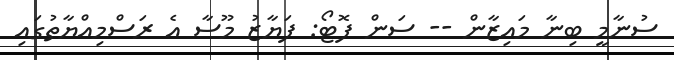
ސުނާމީ ބިނާ މައިޒާން -- ސަން ފޮޓޯ: ފަޔާޒު މޫސާ އެ ރަސްމިއްޔާތުގައި